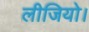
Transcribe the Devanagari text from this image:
लीजियो।